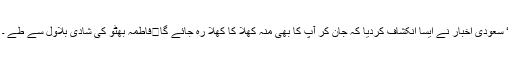
‘ سعودی اخبار نے ایسا انکشاف کردیا کہ جان کر آپ کا بھی منہ کھلا کا کھلا رہ جائے گا	فاطمہ بھٹو کی شادی بلاول سے طے ۔